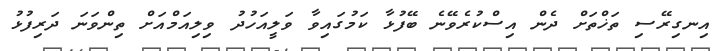
އިނގިރޭސި ތަޚްތަށް ދެން އިސްކުރެވޭނެ ބޭފުޅާ ކަމުގައިވާ ވަލީއަހުދު ވިލިއަމްއަށް ތިންވަނަ ދަރިފުޅު